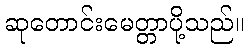
ဆုတောင်းမေတ္တာပို့သည်။